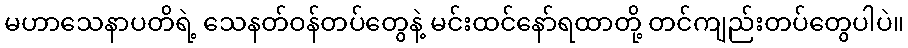
မဟာသေနာပတိရဲ့ သေနတ်ဝန်တပ်တွေနဲ့ မင်းထင်နော်ရထာတို့ တင်ကျည်းတပ်တွေပါပဲ။